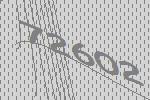
72602